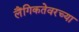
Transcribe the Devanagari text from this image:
लैंगिकतेवरच्या